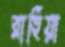
রাহিয়া